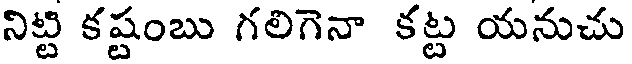
నిట్టి కష్టంబు గలిగెనా కట్ట యనుచు